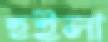
হুইলা